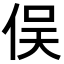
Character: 俣